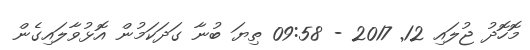
މޮހޮދު ޖުލައި 12